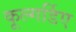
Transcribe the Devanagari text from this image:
कूल्गर्डिए